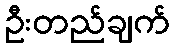
ဦးတည်ချက်